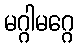
မဂ္ဂါမဂ္ဂေ